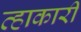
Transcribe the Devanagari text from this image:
व्हाकारी